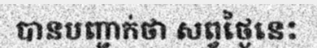
បានបញ្ជាក់ថា សព្វថ្ងៃនេះ